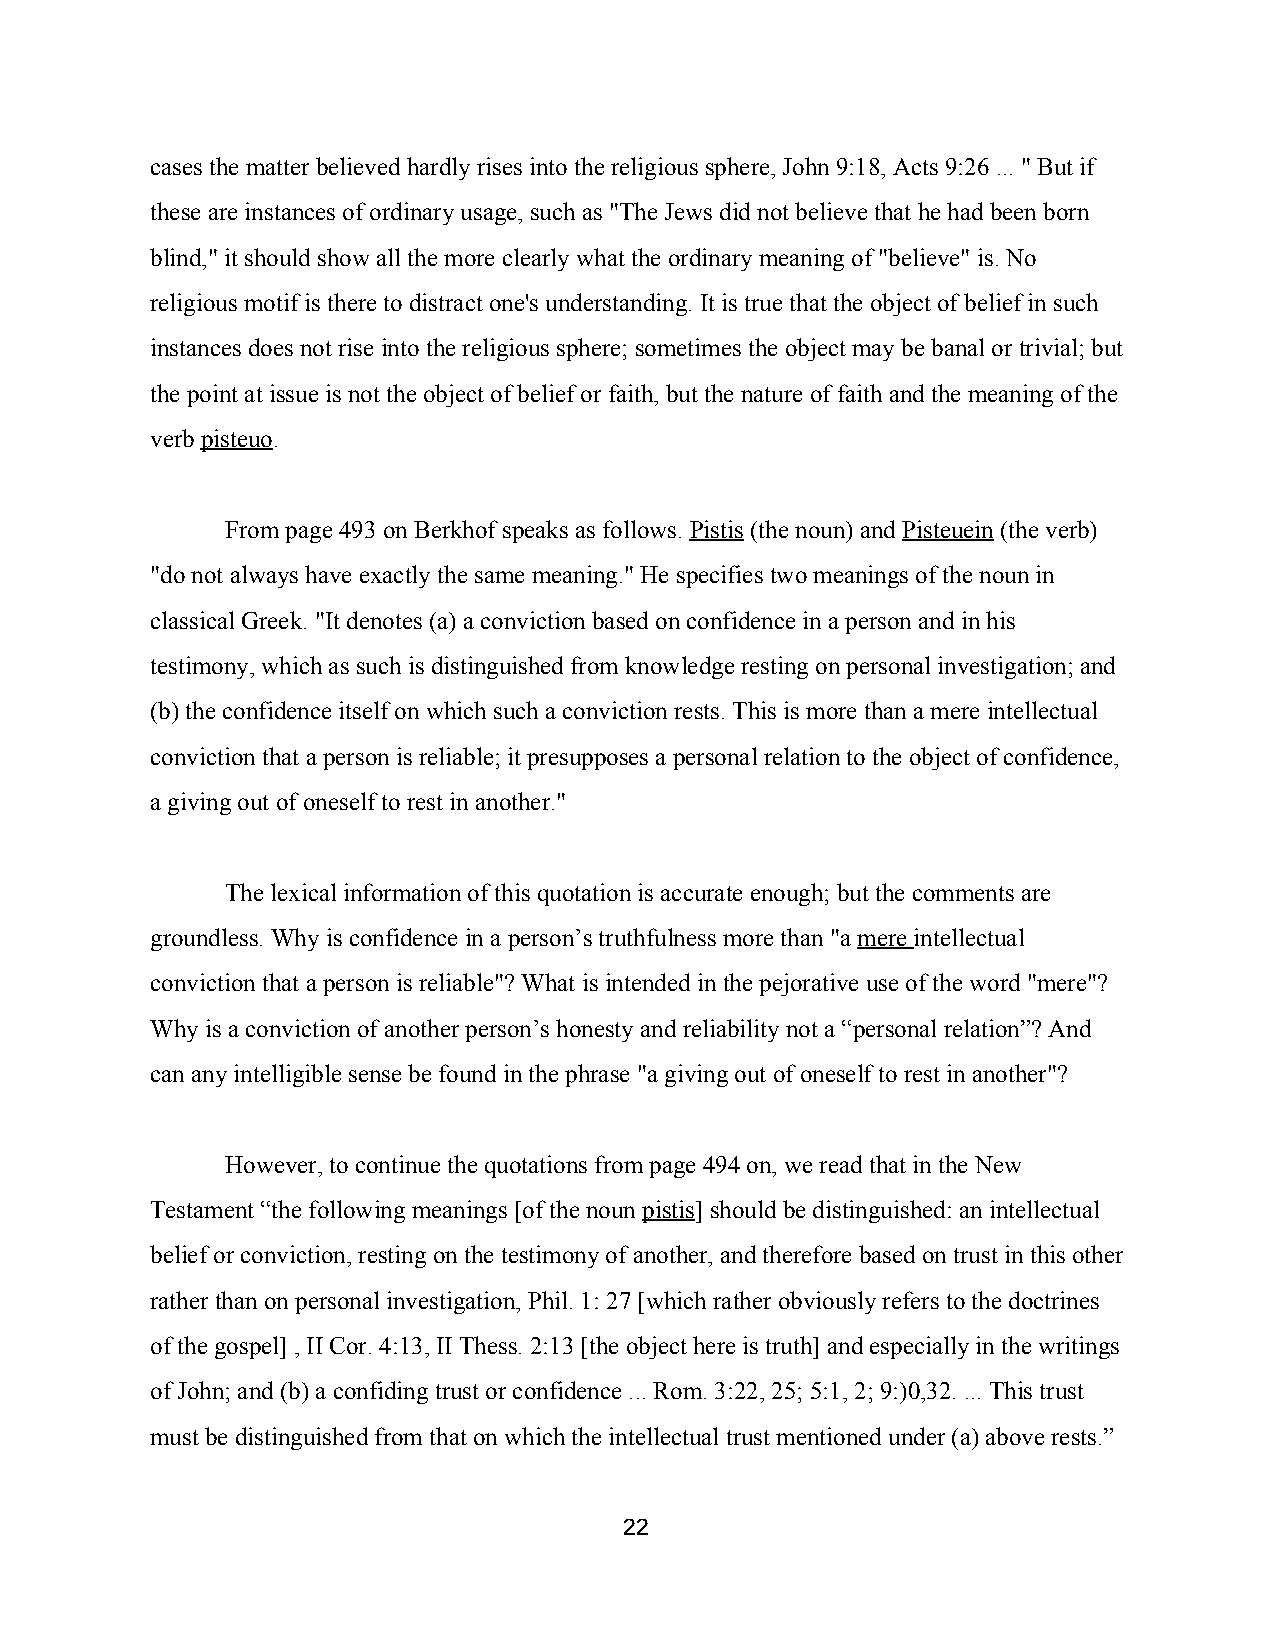
cases the matter believed hardly rises into the religious sphere, John 9:18, Acts 9:26 ... " But if
 these are instances of ordinary usage, such as "The Jews did not believe that he had been born
 blind," it should show all the more clearly what the ordinary meaning of "believe" is. No
 religious motif is there to distract one's understanding. It is true that the object of belief in such
 instances does not rise into the religious sphere; sometimes the object may be banal or trivial; but
 the point at issue is not the object of belief or faith, but the nature of faith and the meaning of the
 verb pisteuo.
 ​    ​
 From page 493 on Berkhof speaks as follows. Pistis (the noun) and Pisteuein (the verb)
 ​  ​          ​     ​
 "do not always have exactly the same meaning." He specifies two meanings of the noun in
 classical Greek. "It denotes (a) a conviction based on confidence in a person and in his
 testimony, which as such is distinguished from knowledge resting on personal investigation; and
 (b) the confidence itself on which such a conviction rests. This is more than a mere intellectual
 conviction that a person is reliable; it presupposes a personal relation to the object of confidence,
 a giving out of oneself to rest in another."
 The lexical information of this quotation is accurate enough; but the comments are
 groundless. Why is confidence in a person’s truthfulness more than "a mere intellectual
 ​  ​
 conviction that a person is reliable"? What is intended in the pejorative use of the word "mere"?
 Why is a conviction of another person’s honesty and reliability not a “personal relation”? And
 can any intelligible sense be found in the phrase "a giving out of oneself to rest in another"?
 However, to continue the quotations from page 494 on, we read that in the New
 Testament “the following meanings [of the noun pistis] should be distinguished: an intellectual
 ​  ​
 belief or conviction, resting on the testimony of another, and therefore based on trust in this other
 rather than on personal investigation, Phil. 1: 27 [which rather obviously refers to the doctrines
 of the gospel] , II Cor. 4:13, II Thess. 2:13 [the object here is truth] and especially in the writings
 of John; and (b) a confiding trust or confidence ... Rom. 3:22, 25; 5:1, 2; 9:)0,32. ... This trust
 must be distinguished from that on which the intellectual trust mentioned under (a) above rests.”
 22